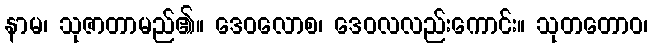
နာမ၊ သုဇာတာမည်၏။ ဒေဝလောစ၊ ဒေဝလလည်းကောင်း။ သုတတောဝ၊